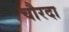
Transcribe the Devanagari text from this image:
चौरदा